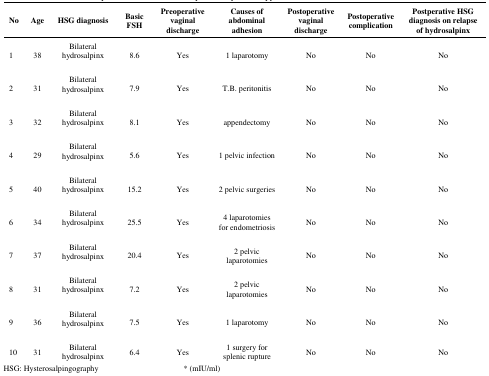
<table><thead><tr><td><b>No</b></td><td><b>Age</b></td><td><b>HSG diagnosis</b></td><td><b>Basic FSH</b></td><td><b>Preoperative vaginal discharge</b></td><td><b>Causes of abdominal adhesion</b></td><td><b>Postoperative vaginal discharge</b></td><td><b>Postoperative complication</b></td><td><b>Postperative HSG diagnosis on relapse of hydrosalpinx</b></td></tr></thead><tbody><tr><td>1</td><td>38</td><td>Bilateral hydrosalpinx</td><td>8.6</td><td>Yes</td><td>1 laparotomy</td><td>No</td><td>No</td><td>No</td></tr><tr><td>2</td><td>31</td><td>Bilateral hydrosalpinx</td><td>7.9</td><td>Yes</td><td>T.B. peritonitis</td><td>No</td><td>No</td><td>No</td></tr><tr><td>3</td><td>32</td><td>Bilateral hydrosalpinx</td><td>8.1</td><td>Yes</td><td>appendectomy</td><td>No</td><td>No</td><td>No</td></tr><tr><td>4</td><td>29</td><td>Bilateral hydrosalpinx</td><td>5.6</td><td>Yes</td><td>1 pelvic infection</td><td>No</td><td>No</td><td>No</td></tr><tr><td>5</td><td>40</td><td>Bilateral hydrosalpinx</td><td>15.2</td><td>Yes</td><td>2 pelvic surgeries</td><td>No</td><td>No</td><td>No</td></tr><tr><td>6</td><td>34</td><td>Bilateral hydrosalpinx</td><td>25.5</td><td>Yes</td><td>4 laparotomies for endometriosis</td><td>No</td><td>No</td><td>No</td></tr><tr><td>7</td><td>37</td><td>Bilateral hydrosalpinx</td><td>20.4</td><td>Yes</td><td>2 pelvic laparotomies</td><td>No</td><td>No</td><td>No</td></tr><tr><td>8</td><td>31</td><td>Bilateral hydrosalpinx</td><td>7.2</td><td>Yes</td><td>2 pelvic laparotomies</td><td>No</td><td>No</td><td>No</td></tr><tr><td>9</td><td>36</td><td>Bilateral hydrosalpinx</td><td>7.5</td><td>Yes</td><td>1 laparotomy</td><td>No</td><td>No</td><td>No</td></tr><tr><td>10</td><td>31</td><td>Bilateral hydrosalpinx</td><td>6.4</td><td>Yes</td><td>1 surgery for splenic rupture</td><td>No</td><td>No</td><td>No</td></tr></tbody></table>